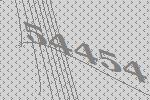
54454